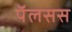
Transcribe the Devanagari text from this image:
पॅलसस